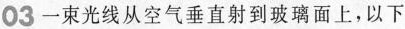
03一束光线从空气垂直射到玻璃面上，以下